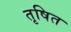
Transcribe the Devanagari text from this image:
तृषित